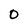
Character: O